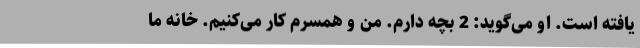
یافته است. او می‌گوید: 2 بچه دارم. من و همسرم کار می‌کنیم. خانه ما